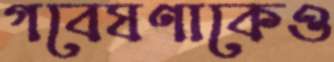
গবেষণাকেও